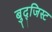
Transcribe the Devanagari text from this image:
बुद्जिस्ट